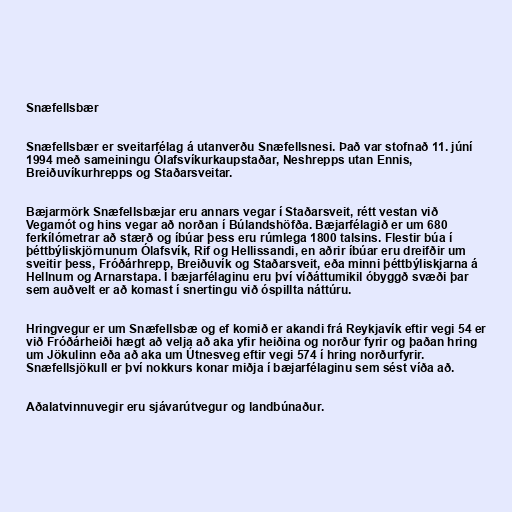
Snæfellsbær

Snæfellsbær er sveitarfélag á utanverðu Snæfellsnesi. Það var stofnað 11. júní
1994 með sameiningu Ólafsvíkurkaupstaðar, Neshrepps utan Ennis,
Breiðuvíkurhrepps og Staðarsveitar.

Bæjarmörk Snæfellsbæjar eru annars vegar í Staðarsveit, rétt vestan við
Vegamót og hins vegar að norðan í Búlandshöfða. Bæjarfélagið er um 680
ferkílómetrar að stærð og íbúar þess eru rúmlega 1800 talsins. Flestir búa í
þéttbýliskjörnunum Ólafsvík, Rif og Hellissandi, en aðrir íbúar eru dreifðir um
sveitir þess, Fróðárhrepp, Breiðuvík og Staðarsveit, eða minni þéttbýliskjarna á
Hellnum og Arnarstapa. Í bæjarfélaginu eru því víðáttumikil óbyggð svæði þar
sem auðvelt er að komast í snertingu við óspillta náttúru.

Hringvegur er um Snæfellsbæ og ef komið er akandi frá Reykjavík eftir vegi 54 er
við Fróðárheiði hægt að velja að aka yfir heiðina og norður fyrir og þaðan hring
um Jökulinn eða að aka um Útnesveg eftir vegi 574 í hring norðurfyrir.
Snæfellsjökull er því nokkurs konar miðja í bæjarfélaginu sem sést víða að.

Aðalatvinnuvegir eru sjávarútvegur og landbúnaður.